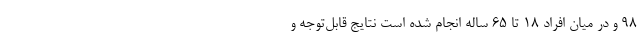
۹۸ و در میان افراد ۱۸ تا ۶۵ ساله انجام شده است نتایج قابل‌توجه و